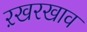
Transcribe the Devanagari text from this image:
ऱखरखाव